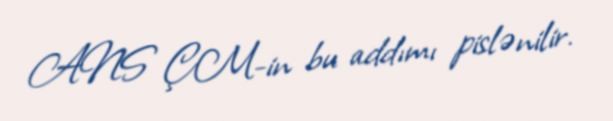
ANS ÇM-in bu addımı pislənilir.